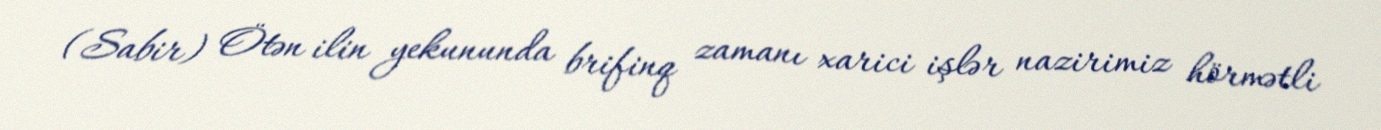
(Sabir) Ötən ilin yekununda brifinq zamanı xarici işlər nazirimiz hörmətli